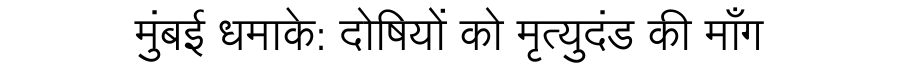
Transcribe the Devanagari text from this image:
मुंबई धमाके: दोषियों को मृत्युदंड की माँग